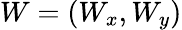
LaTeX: W=(W_{x},W_{y})